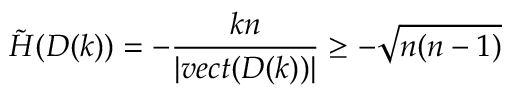
\tilde { H } ( D ( k ) ) = - \frac { k n } { | v e c t ( D ( k ) ) | } \geq - \sqrt { n ( n - 1 ) }